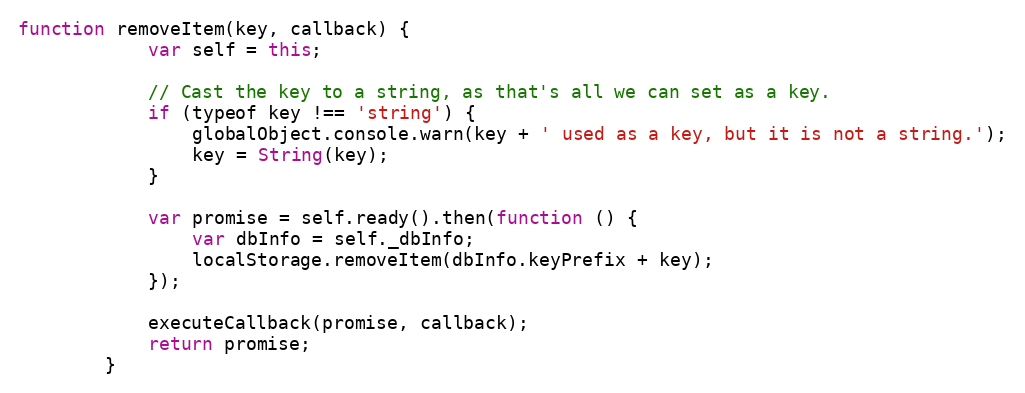
Language: JavaScript
function removeItem(key, callback) {
	        var self = this;

	        // Cast the key to a string, as that's all we can set as a key.
	        if (typeof key !== 'string') {
	            globalObject.console.warn(key + ' used as a key, but it is not a string.');
	            key = String(key);
	        }

	        var promise = self.ready().then(function () {
	            var dbInfo = self._dbInfo;
	            localStorage.removeItem(dbInfo.keyPrefix + key);
	        });

	        executeCallback(promise, callback);
	        return promise;
	    }